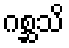
ဂစ္ဆသိ